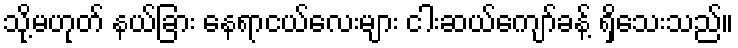
သို့မဟုတ် နယ်ခြား နေရာငယ်လေးများ ငါးဆယ်ကျော်ခန့် ရှိသေးသည်။